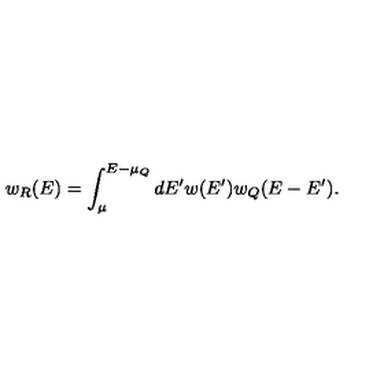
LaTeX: w _ { R } ( E ) = \int _ { \mu } ^ { E - \mu _ { Q } } d E ^ { \prime } w ( E ^ { \prime } ) w _ { Q } ( E - E ^ { \prime } ) .